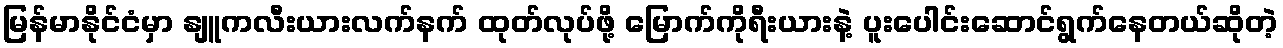
မြန်မာနိုင်ငံမှာ နျူကလီးယားလက်နက် ထုတ်လုပ်ဖို့ မြောက်ကိုရီးယားနဲ့ ပူးပေါင်းဆောင်ရွက်နေတယ်ဆိုတဲ့